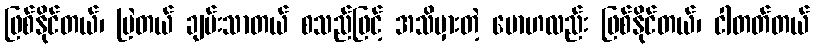
ဖြစ်နိုင်တယ်၊ မြဲတယ် ချမ်းသာတယ် စသည်ဖြင့် အသိမှားတဲ့ မောဟလည်း ဖြစ်နိုင်တယ်၊ ငါတတ်တယ်